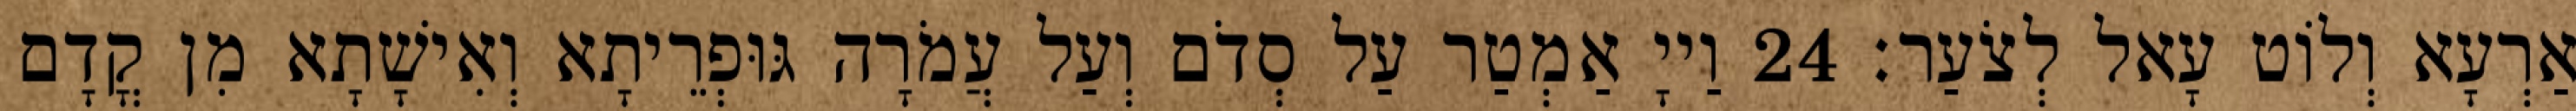
אַרְעָא וְלוֹט עָאל לְצֹעַר׃ 24 וַייָ אַמְטַר עַל סְדֹם וְעַל עֲמֹרָה גּוּפְרֵיתָא וְאִישָׁתָא מִן קֳדָם